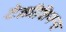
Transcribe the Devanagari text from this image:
टेक्नीशियन्स